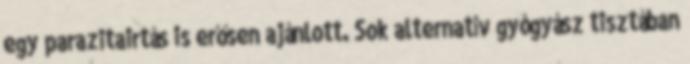
egy parazitairtás is erősen ajánlott. Sok alternatív gyógyász tisztában